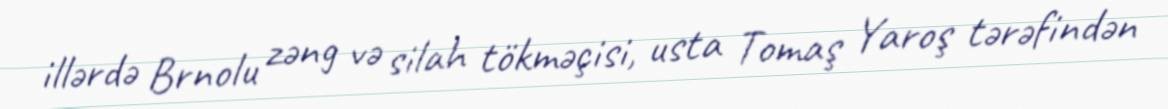
illərdə Brnolu zəng və silah tökməçisi, usta Tomaş Yaroş tərəfindən